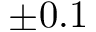
\pm 0 . 1